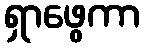
ရှာဖွေကာ